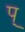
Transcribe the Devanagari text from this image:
प्‌